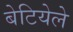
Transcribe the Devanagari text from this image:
बेटियेले